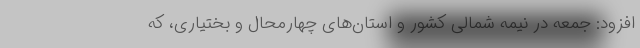
افزود: جمعه در نیمه شمالی کشور و استان‌های چهارمحال و بختیاری، که